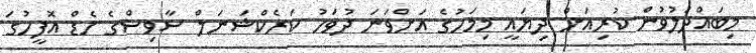
މިބައްދަލުވުން ކުރިއަށް ދިޔައީ މިމަހުގެ އަށްވަނަ ދުވަހު ކަރެކްޝަނަލް ސާވިސްގެ ހެޑް އޮފީހުގަ